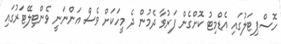
ހޮސްޕިޓަލުގައި އެޑްމިޓު ކޮށްގެން ފަރުވާ ދެމުން ދެ މީހަކަށް ވެސް އަންނަނީ ވެންޓިލޭޓަރުގައި